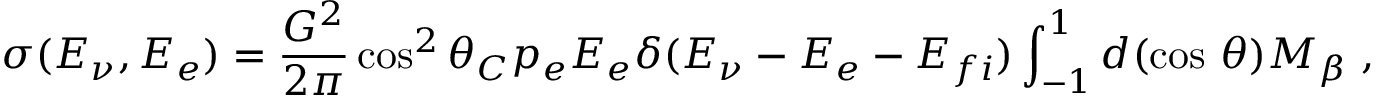
\sigma ( E _ { \nu } , E _ { e } ) = { \frac { G ^ { 2 } } { 2 \pi } } \cos ^ { 2 } \theta _ { C } p _ { e } E _ { e } \delta ( E _ { \nu } - E _ { e } - E _ { f i } ) \int _ { - 1 } ^ { 1 } d ( \cos \, \theta ) M _ { \beta } ~ ,